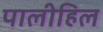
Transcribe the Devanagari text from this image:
पालीहिल